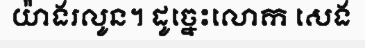
យ៉ាងរលូន។ ដូច្នេះលោក សេង